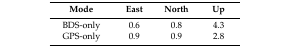
| Mode | East | North | Up |
 | --- | --- | --- | --- |
 | BDS-only | 0.6 | 0.8 | 4.3 |
 | GPS-only | 0.9 | 0.9 | 2.8 |